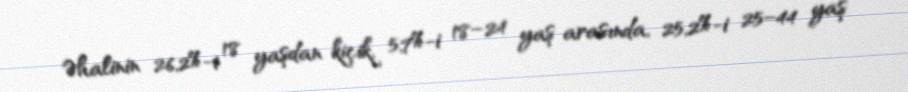
Əhalinin 26,2%-i 18 yaşdan kiçik, 5,7%-i 18–24 yaş arasında, 25,2%-i 25–44 yaş